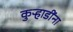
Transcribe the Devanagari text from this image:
कुऱ्हाडींना